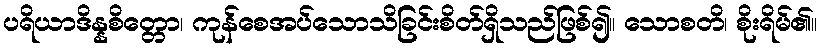
ပရိယာဒိန္နစိတ္တော၊ ကုန်စေအပ်သောသိခြင်းစိတ်ရှိသည်ဖြစ်၍။ သောစတိ၊ စိုးရိမ်၏။